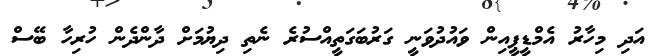
އަދި މިހާރު އެމްޑީޕީއިން ވައުދުވަނީ ގަރުބަގަތީއްސުރެ ނެތި ދިޔުމަށް ދާންދެން ހުރިހާ ބޭސް